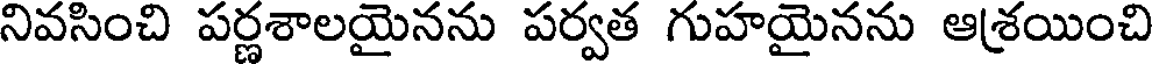
నివసించి పర్ణశాలయైనను పర్వత గుహయైనను ఆశ్రయించి